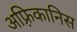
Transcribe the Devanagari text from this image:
अफ़्रिकानिस